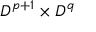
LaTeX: D ^ { p + 1 } \times D ^ { q }